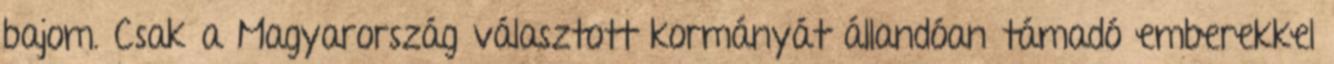
bajom. Csak a Magyarország választott kormányát állandóan támadó emberekkel